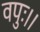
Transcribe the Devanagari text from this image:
वपुः।।